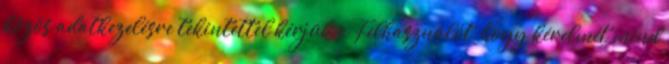
közös adatkezelésre tekintettel kérjük a Felhasználót, hogy kérelmét mind